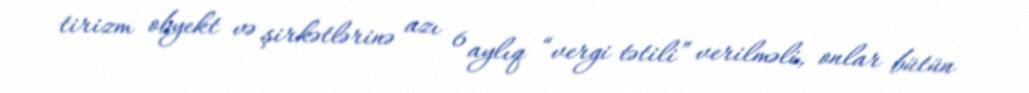
tirizm obyekt və şirkətlərinə azı 6 aylıq “vergi tətili” verilməli, onlar bütün